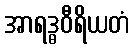
အာရဒ္ဓဝီရိယတံ